Annual report of the Punjab Veterinary College and of the Civil Veterinary Department, Punjab - 1926-1932
Year: 1926
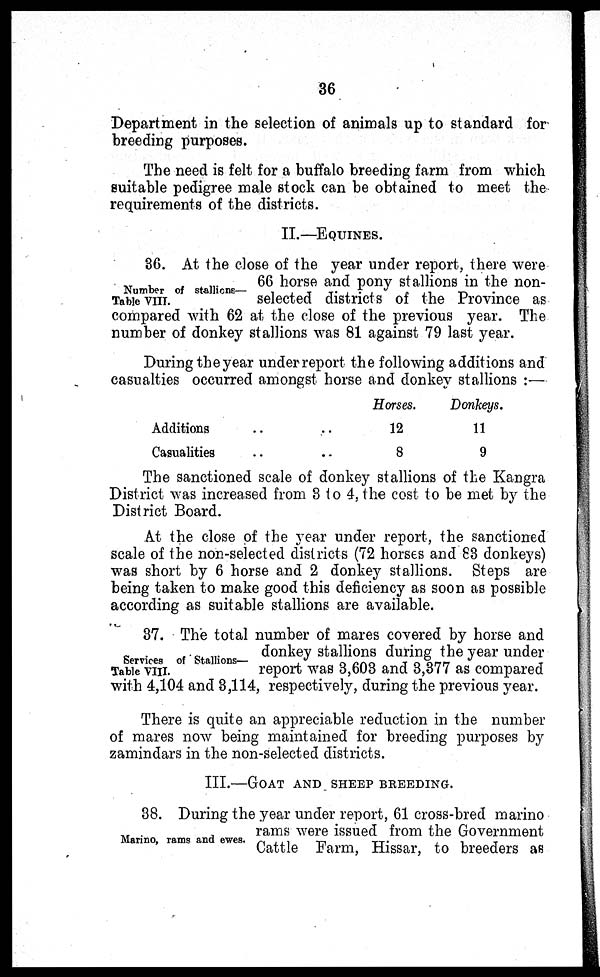
36
Department in the selection of animals up to standard for
breeding purposes.
The need is felt for a buffalo breeding farm from which
suitable pedigree male stock can be obtained to meet the
requirements of the districts.
II.—EQUINES.
Number of stallions—
Table VIII.
36. At the close of the year under report, there were
66 horse and pony stallions in the non-
selected districts of the Province as
compared with 62 at the close of the previous year. The
number of donkey stallions was 81 against 79 last year.
During the year under report the following additions and
casualties occurred amongst horse and donkey stallions :—
Additions .. ..
Casualities .. ..
Horses.
12
8
Donkeys.
11
9
The sanctioned scale of donkey stallions of the Kangra
District was increased from 3 to 4, the cost to be met by the
District Board.
At the close of the year under report, the sanctioned
scale of the non-selected districts (72 horses and 83 donkeys)
was short by 6 horse and 2 donkey stallions. Steps are
being taken to make good this deficiency as soon as possible
according as suitable stallions are available.
Services of Stallions—
Table VIII.
37. The total number of mares covered by horse and
donkey stallions during the year under
report was 3,603 and 3,377 as compared
with 4,104 and 3,114, respectively, during the previous year.
There is quite an appreciable reduction in the number
of mares now being maintained for breeding purposes by
zamindars in the non-selected districts.
III.—GOAT AND SHEEP BREEDING.
Marino, rams and ewes.
38. During the year under report, 61 cross-bred marino
rams were issued from the Government
Cattle Farm, Hissar, to breeders as